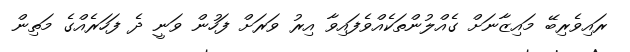
ރައިވެރިބޭ މައިޒާނަށް ގެއްލުންތަކެއްވެފައިވާ އިރު ވަރަށް ފަހުން ވަނީ ދެ ފަހަރެއްގެ މަތިން